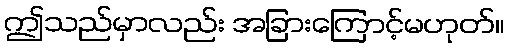
ဤသည်မှာလည်း အခြားကြောင့်မဟုတ်။